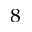
^ 8